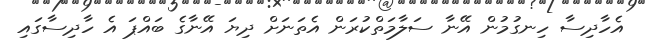
އެހާދިސާ ހިނގުމުން އޭނާ ސަލާމަތްކުރަން އެތަނަށް ދިޔަ އޭނާގެ ބައްޕަ އެ ހާދިސާގައި